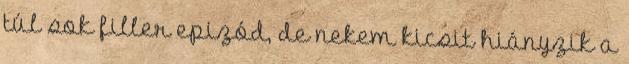
túl sok filler epizód, de nekem kicsit hiányzik a